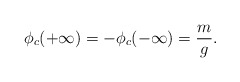
\begin{align*}\phi_c( + \infty) = - \phi_c( - \infty) = \frac{m}{g}. \end{align*}